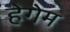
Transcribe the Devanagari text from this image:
हेगेम